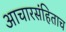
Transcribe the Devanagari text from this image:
आचारसंहिताच